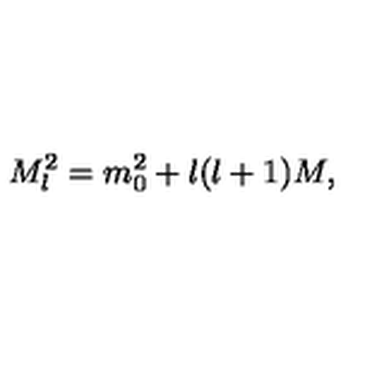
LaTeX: M _ { l } ^ { 2 } = m _ { 0 } ^ { 2 } + l ( l + 1 ) M ,